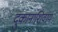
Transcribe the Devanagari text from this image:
दुकानाशिवाय